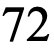
72